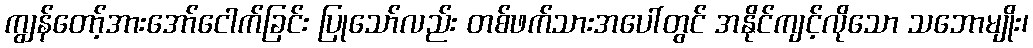
ကျွန်တော့်အားအော်ငေါက်ခြင်း ပြုသော်လည်း တစ်ဖက်သားအပေါ်တွင် အနိုင်ကျင့်လိုသော သဘောမျိုး၊